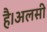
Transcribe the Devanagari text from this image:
है।अलसी